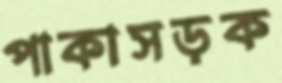
পাকাসড়ক